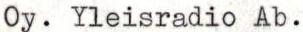
Oy.YleisradioAb.